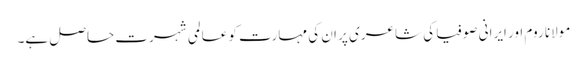
مولانا روم اور ایرانی صوفیا کی شاعری پر ان کی مہارت کو عالمی شہرت حاصل ہے۔